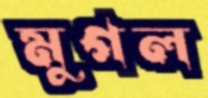
মুগল